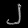
Digit: ၂